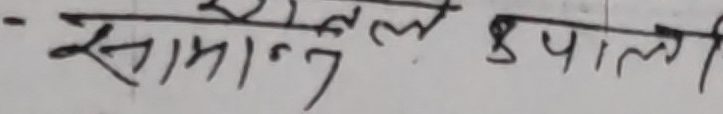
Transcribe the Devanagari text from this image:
- खेल के पाली
सामान्य